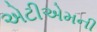
એટીએમની